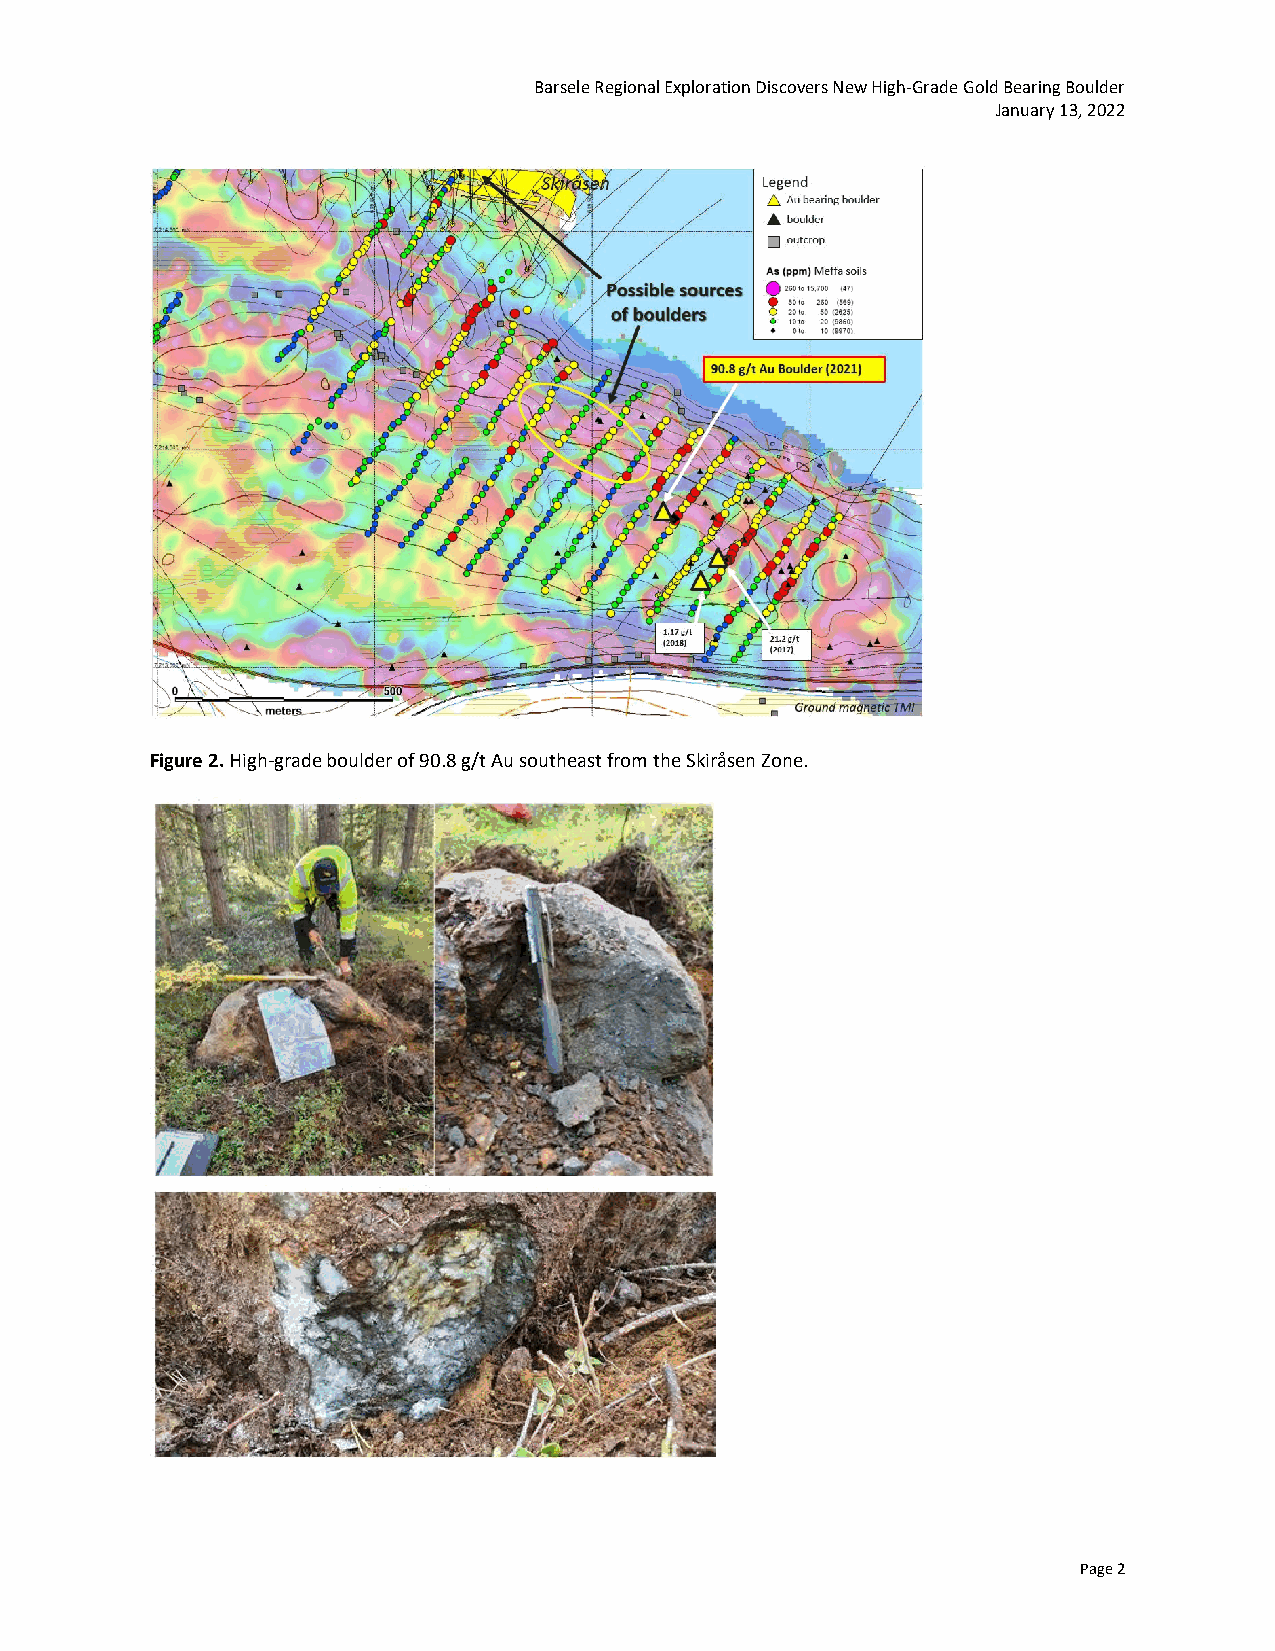
Barsele Regional Exploration Discovers New High-Grade Gold Bearing Boulder
 January 13, 2022
 Figure 2. High-grade boulder of 90.8 g/t Au southeast from the Skiråsen Zone.
 Page 2